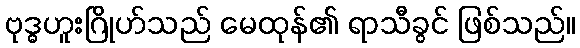
ဗုဒ္ဓဟူးဂြိုဟ်သည် မေထုန်၏ ရာသီခွင် ဖြစ်သည်။